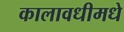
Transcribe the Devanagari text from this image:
कालावधीमधे